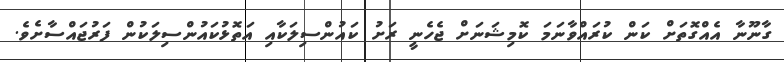
ގާނޫނާ އެއްގޮތަށް ކަން ކުރައްވާނަމަ ކޮމިޝަނަށް ޖެހެނީ ރަށު ކައުންސިލަކާއި އަތޮޅުކައުންސިލަކުން ފަރުޖައްސާށެވެ.